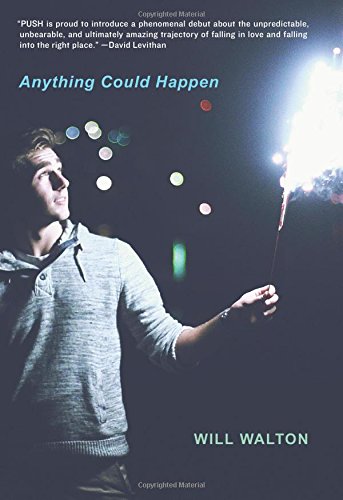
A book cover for Anything Could Happen; Will Walton; Teen & Young Adult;